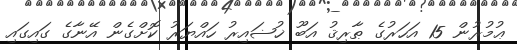
ޢުމުރުން 15 އަހަރުގެ ޠާރިޤު އަބޫ ޚުޟައިރު ހައްޔަރު ކޮށްގެން އޭނާގެ ގައިގައި